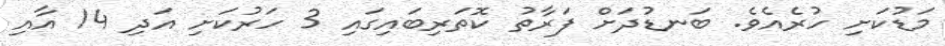
މަޑުކަށި ހުރެއެވެ. ބަނޑުދަށް ފަރާތު ކޮތަރިބައިގައި 3 ހަރުކަށި އަދި 14 އާއި